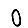
Digit: 0